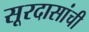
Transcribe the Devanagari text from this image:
सूरदासांची